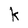
Character: k